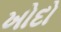
ખોદો